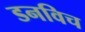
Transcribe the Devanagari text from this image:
डनविच